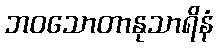
ဘဝသောတာနုသာရိနံ